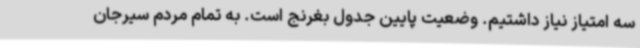
سه امتیاز نیاز داشتیم. وضعیت پایین جدول بغرنج است. به تمام مردم سیرجان